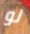
لو